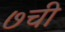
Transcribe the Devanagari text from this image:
७ची